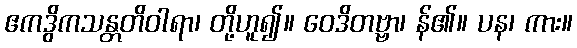
ဧကဒွိကသန္တတိဝါရာ၊ တို့ဟူ၍။ ဝေဒိတဗ္ဗာ၊ န်၏။ ပန၊ ကား။